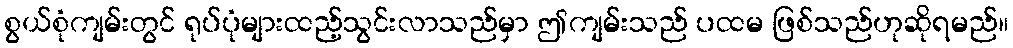
စွယ်စုံကျမ်းတွင် ရုပ်ပုံများထည့်သွင်းလာသည်မှာ ဤကျမ်းသည် ပထမ ဖြစ်သည်ဟုဆိုရမည်။